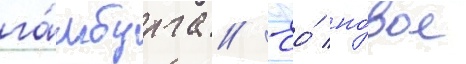
га́мбурга // Ео́ но́вое